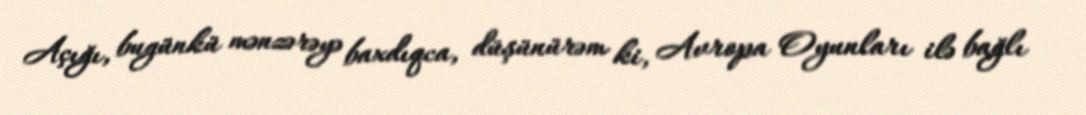
Açığı, bugünkü mənzərəyə baxdıqca, düşünürəm ki, Avropa Oyunları ilə bağlı